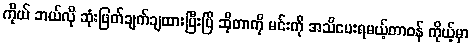
ကိုယ် ဘယ်လို ဆုံးဖြတ်ချက်ချထားပြီးပြီ ဆိုတာကို မင်းကို အသိပေးရမယ့်တာဝန် ကိုယ့်မှာ